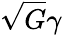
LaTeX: \sqrt{G}\gamma